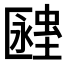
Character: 𧏔